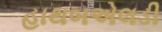
હાથબએલડી